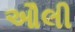
ઔલી